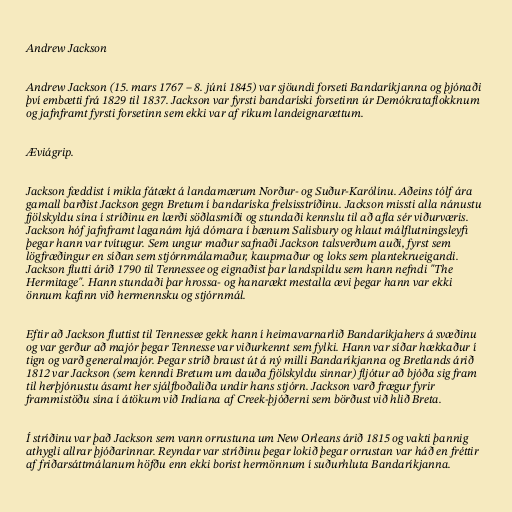
Andrew Jackson

Andrew Jackson (15. mars 1767 – 8. júní 1845) var sjöundi forseti Bandaríkjanna og þjónaði
því embætti frá 1829 til 1837. Jackson var fyrsti bandaríski forsetinn úr Demókrataflokknum
og jafnframt fyrsti forsetinn sem ekki var af ríkum landeignarættum.

Æviágrip.

Jackson fæddist í mikla fátækt á landamærum Norður- og Suður-Karólínu. Aðeins tólf ára
gamall barðist Jackson gegn Bretum í bandaríska frelsisstríðinu. Jackson missti alla nánustu
fjölskyldu sína í stríðinu en lærði söðlasmíði og stundaði kennslu til að afla sér viðurværis.
Jackson hóf jafnframt laganám hjá dómara í bænum Salisbury og hlaut málflutningsleyfi
þegar hann var tvítugur. Sem ungur maður safnaði Jackson talsverðum auði, fyrst sem
lögfræðingur en síðan sem stjórnmálamaður, kaupmaður og loks sem plantekrueigandi.
Jackson flutti árið 1790 til Tennessee og eignaðist þar landspildu sem hann nefndi "The
Hermitage". Hann stundaði þar hrossa- og hanarækt mestalla ævi þegar hann var ekki
önnum kafinn við hermennsku og stjórnmál.

Eftir að Jackson fluttist til Tennessee gekk hann í heimavarnarlið Bandaríkjahers á svæðinu
og var gerður að majór þegar Tennesse var viðurkennt sem fylki. Hann var síðar hækkaður í
tign og varð generalmajór. Þegar stríð braust út á ný milli Bandaríkjanna og Bretlands árið
1812 var Jackson (sem kenndi Bretum um dauða fjölskyldu sinnar) fljótur að bjóða sig fram
til herþjónustu ásamt her sjálfboðaliða undir hans stjórn. Jackson varð frægur fyrir
frammistöðu sína í átökum við Indíana af Creek-þjóðerni sem börðust við hlið Breta.

Í stríðinu var það Jackson sem vann orrustuna um New Orleans árið 1815 og vakti þannig
athygli allrar þjóðarinnar. Reyndar var stríðinu þegar lokið þegar orrustan var háð en fréttir
af friðarsáttmálanum höfðu enn ekki borist hermönnum í suðurhluta Bandaríkjanna.